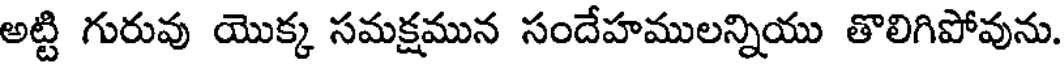
అట్టి గురువు యొక్క సమక్షమున సందేహములన్నియు తొలిగిపోవును